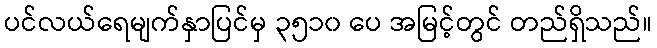
ပင်လယ်ရေမျက်နှာပြင်မှ ၃၅၁၀ ပေ အမြင့်တွင် တည်ရှိသည်။